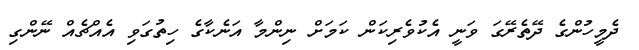
ދެމީހުންގެ ދޭތެރޭގަ ވަނީ އެކުވެރިކަން ކަމަށް ނިންމާ އަނެކާގެ ހިތުގަވި އެއްޗެއް ނޭންގި